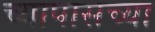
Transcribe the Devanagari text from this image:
च्यापासच्या